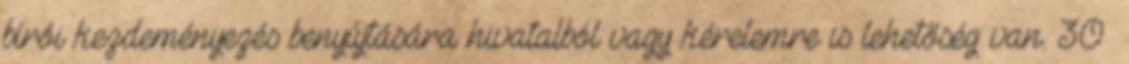
bírói kezdeményezés benyújtására hivatalból vagy kérelemre is lehetőség van. 30